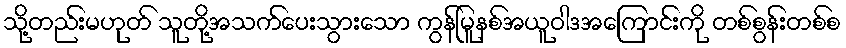
သို့တည်းမဟုတ် သူတို့အသက်ပေးသွားသော ကွန်မြူနစ်အယူဝါဒအကြောင်းကို တစ်စွန်းတစ်စ